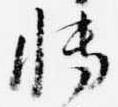
博